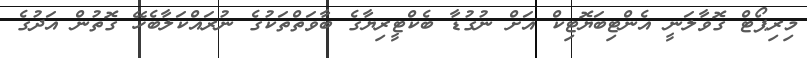
މިރިޕޯޓް ގޮވާލަނީ އެންޓިބަޔޮޓިކް އަށް ނުގުޑާ ބެކްޓީރިޔާގެ ބާވަތްތަކުގެ ނުރައްކަލާބެހޭ ގޮތުން އަދުގެ